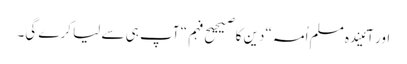
اور آئیندہ مسلم اُمہ “دین کا صیحیح فہم“ آپ ہی سے لیا کرے گی۔